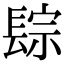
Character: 𨲇